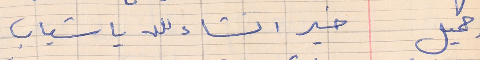
جميل    خير انشاء الله يا شباب